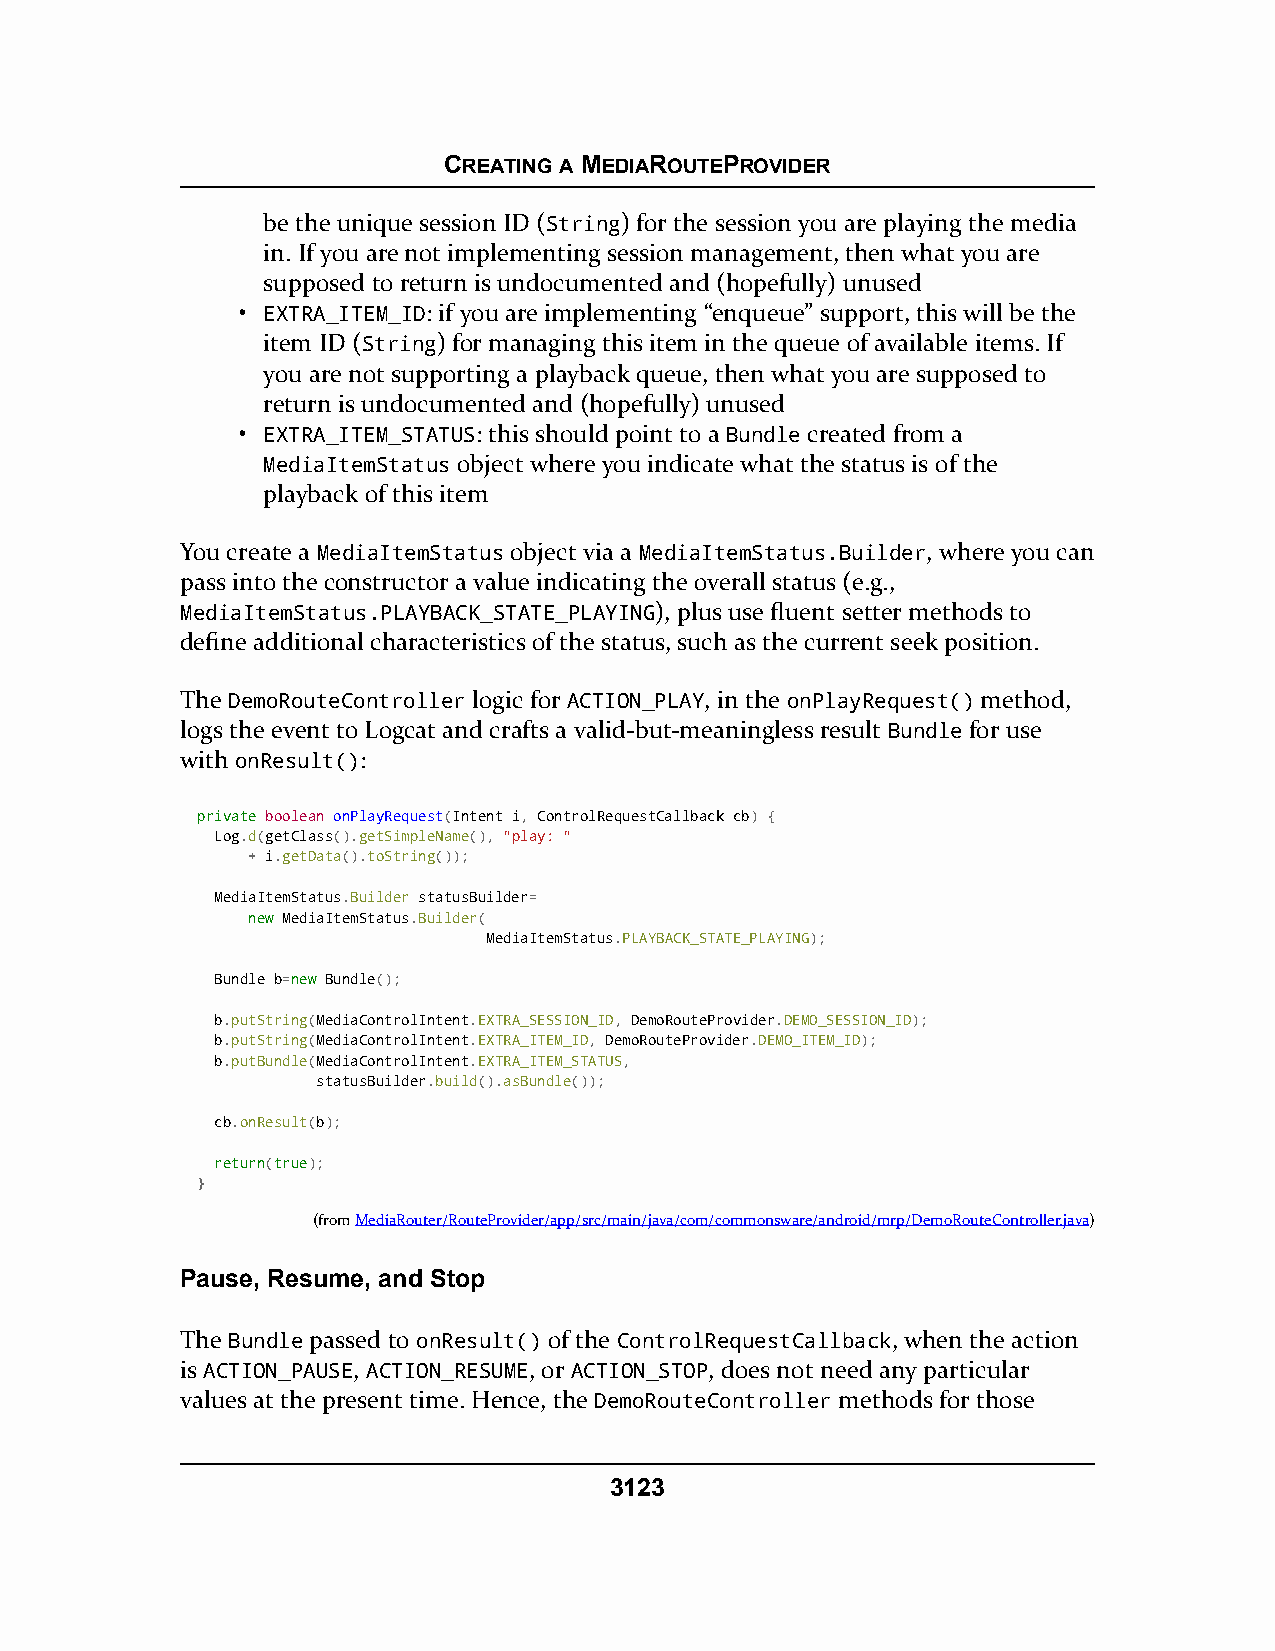
CREATING A MEDIAROUTEPROVIDER
 be the unique session ID (String) for the session you are playing the media
 in. If you are not implementing session management, then what you are
 supposed to return is undocumented and (hopefully) unused
 • EXTRA_ITEM_ID: if you are implementing “enqueue” support, this will be the
 item ID (String) for managing this item in the queue of available items. If
 you are not supporting a playback queue, then what you are supposed to
 return is undocumented and (hopefully) unused
 • EXTRA_ITEM_STATUS: this should point to a Bundle created from a
 MediaItemStatus object where you indicate what the status is of the
 playback of this item
 You create a MediaItemStatus object via a MediaItemStatus.Builder, where you can
 pass into the constructor a value indicating the overall status (e.g.,
 MediaItemStatus.PLAYBACK_STATE_PLAYING), plus use fluent setter methods to
 define additional characteristics of the status, such as the current seek position.
 The DemoRouteController logic for ACTION_PLAY, in the onPlayRequest() method,
 logs the event to Logcat and crafts a valid-but-meaningless result Bundle for use
 with onResult():
 pprriivvaattee boolean onPlayRequest(Intent i, ControlRequestCallback cb) {
 Log.d(getClass().getSimpleName(), "play: "
 + i.getData().toString());
 MediaItemStatus.Builder statusBuilder=
 nneeww MediaItemStatus.Builder(
 MediaItemStatus.PLAYBACK_STATE_PLAYING);
 Bundle b=nneeww Bundle();
 b.putString(MediaControlIntent.EXTRA_SESSION_ID, DemoRouteProvider.DEMO_SESSION_ID);
 b.putString(MediaControlIntent.EXTRA_ITEM_ID, DemoRouteProvider.DEMO_ITEM_ID);
 b.putBundle(MediaControlIntent.EXTRA_ITEM_STATUS,
 statusBuilder.build().asBundle());
 cb.onResult(b);
 rreettuurrnn(ttrruuee);
 }
 (fromMediaRouter/RouteProvider/app/src/main/java/com/commonsware/android/mrp/DemoRouteController.java)
 Pause, Resume, and Stop
 The Bundle passed to onResult() of the ControlRequestCallback, when the action
 is ACTION_PAUSE, ACTION_RESUME, or ACTION_STOP, does not need any particular
 values at the present time. Hence, the DemoRouteController methods for those
 3123